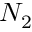
N _ { 2 }